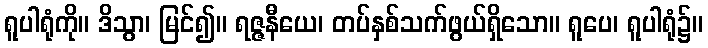
ရူပါရုံကို။ ဒိသွာ၊ မြင်၍။ ရဇ္ဇနီယေ၊ တပ်နှစ်သက်ဖွယ်ရှိသော။ ရူပေ၊ ရူပါရုံ၌။